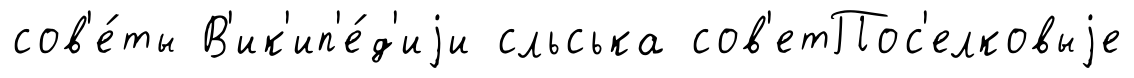
сов'е́ты В'ик'ип'е́д'иjи сльська сов'етПос'елковыjе